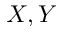
X , Y